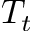
T _ { t }